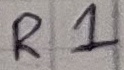
Text: R1